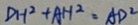
D H ^ { 2 } + A H ^ { 2 } = A D ^ { 2 }